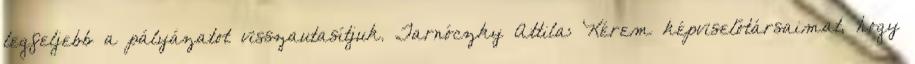
legfeljebb a pályázatot visszautasítjuk. Tarnóczky Attila: Kérem képviselőtársaimat, hogy